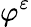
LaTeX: \varphi^{\varepsilon}